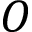
O